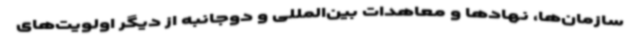
سازمان‌ها، نهادها و معاهدات بین‌المللی و دوجانبه از دیگر اولویت‌های